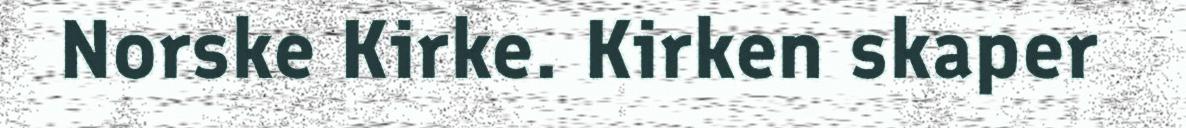
Norske Kirke. Kirken skaper